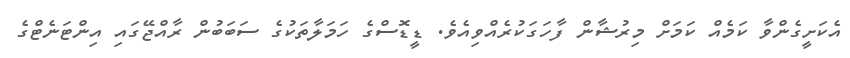
އެކަށީގެންވާ ކަމެއް ކަމަށް މިރުޝާން ފާހަގަކުރެއްވިއެވެ. ޑީޑޮސްގެ ހަމަލާތަކުގެ ސަބަބުން ރާއްޖޭގައި އިންޓަނެޓްގެ